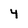
Character: 4